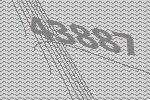
43887